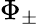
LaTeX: \Phi_{\pm}